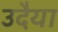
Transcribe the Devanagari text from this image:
उदैया